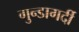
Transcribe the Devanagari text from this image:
गुन्डागर्दी